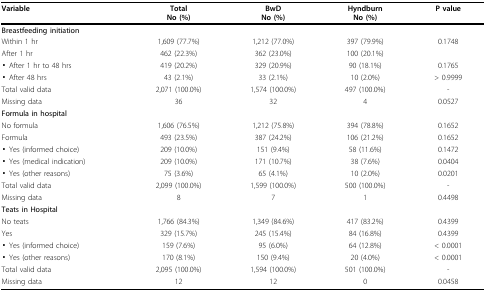
| Variable | TotalNo (%) | BwDNo (%) | HyndburnNo (%) | P value |
 | --- | --- | --- | --- | --- |
 | Breastfeeding initiation |  |  |  |  |
 | Within 1 hr | 1,609 (77.7%) | 1,212 (77.0%) | 397 (79.9%) | 0.1748 |
 | After 1 hr | 462 (22.3%) | 362 (23.0%) | 100 (20.1%) |  |
 | ▪ After 1 hr to 48 hrs | 419 (20.2%) | 329 (20.9%) | 90 (18.1%) | 0.1765 |
 | ▪ After 48 hrs | 43 (2.1%) | 33 (2.1%) | 10 (2.0%) | > 0.9999 |
 | Total valid data | 2,071 (100.0%) | 1,574 (100.0%) | 497 (100.0%) | - |
 | Missing data | 36 | 32 | 4 | 0.0527 |
 | Formula in hospital |  |  |  |  |
 | No formula | 1,606 (76.5%) | 1,212 (75.8%) | 394 (78.8%) | 0.1652 |
 | Formula | 493 (23.5%) | 387 (24.2%) | 106 (21.2%) | 0.1652 |
 | ▪ Yes (informed choice) | 209 (10.0%) | 151 (9.4%) | 58 (11.6%) | 0.1472 |
 | ▪ Yes (medical indication) | 209 (10.0%) | 171 (10.7%) | 38 (7.6%) | 0.0404 |
 | ▪ Yes (other reasons) | 75 (3.6%) | 65 (4.1%) | 10 (2.0%) | 0.0201 |
 | Total valid data | 2,099 (100.0%) | 1,599 (100.0%) | 500 (100.0%) | - |
 | Missing data | 8 | 7 | 1 | 0.4498 |
 | Teats in Hospital |  |  |  |  |
 | No teats | 1,766 (84.3%) | 1,349 (84.6%) | 417 (83.2%) | 0.4399 |
 | Yes | 329 (15.7%) | 245 (15.4%) | 84 (16.8%) | 0.4399 |
 | ▪ Yes (informed choice) | 159 (7.6%) | 95 (6.0%) | 64 (12.8%) | < 0.0001 |
 | ▪ Yes (other reasons) | 170 (8.1%) | 150 (9.4%) | 20 (4.0%) | < 0.0001 |
 | Total valid data | 2,095 (100.0%) | 1,594 (100.0%) | 501 (100.0%) | - |
 | Missing data | 12 | 12 | 0 | 0.0458 |